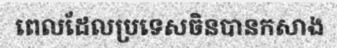
ពេលដែលប្រទេសចិនបានកសាង